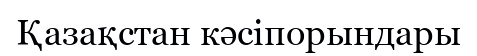
Қазақстан кәсіпорындары